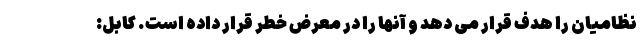
نظامیان را هدف قرار می دهد و آنها را در معرض خطر قرار داده است. کابل: